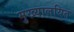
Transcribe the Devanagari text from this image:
मुख्यालयित